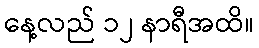
နေ့လည် ၁၂ နာရီအထိ။